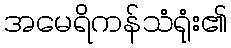
အမေရိကန်သံရုံး၏